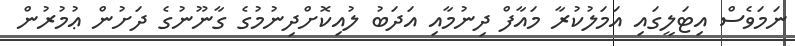
ނަމަވެސް އިޓަލީގައި އަމަލުކުރާ މައާފް ދިނުމާއި އަދަބު ލުއިކޮށްދިނުމުގެ ގާނޫނުގެ ދަށުން ޢުމުރުން